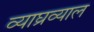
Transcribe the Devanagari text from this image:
व्याघ्रव्याल